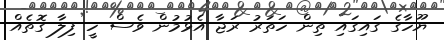
ޔޫހާގެ ގައިގައި ތިން ހަތަރު ރަޖާ އެޅުމުން ވެސް ހީ ފިލާ ގޮތެއް